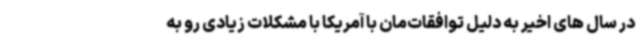
در سال های اخیر به دلیل توافقات‌مان با آمریکا با مشکلات زیادی رو به